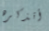
أتذكره